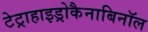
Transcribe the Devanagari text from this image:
टेट्राहाइड्रोकैनाबिनॉल